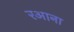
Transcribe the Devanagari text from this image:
रआना